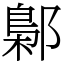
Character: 鄡